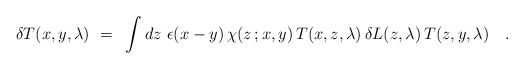
\begin{align*}\delta T(x,y,\lambda)~=~\int dz~\epsilon(x-y) \, \chi(z\,;x,y) \, T(x,z,\lambda) \, \delta L(z,\lambda) \, T(z,y,\lambda)~~~. \end{align*}